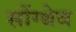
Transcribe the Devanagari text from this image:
सोंग्थेव